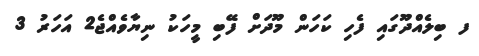
ފ ބިލެއްދޫގައި ފެހި ކަހަން މޫދަށް ފޭބި މީހަކު ނިޔާވެއްޖެ2 އަހަރު 3